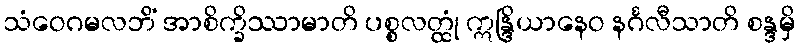
သံဝေဂမလဘိံ အာစိက္ခိဿာမာတိ ပစ္စလတ္ထုံ ဣန္ဒြိယာနေဝ နင်္ဂလီသာတိ စန္ဒမှိ